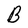
Character: B